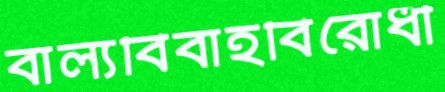
বাল্যবিবাহবিরোধী